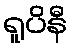
ရူပိနီ